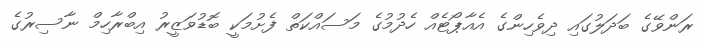
ރަންވޭގެ ބަދަލުގައި ދިވެހިންގެ އެއާޕޯޓެއް ހެދުމުގެ މަސައްކަތް ފެށުމަކީ ބޮޑުވަޒީރު އިބްރާހިމް ނާސިރުގެ